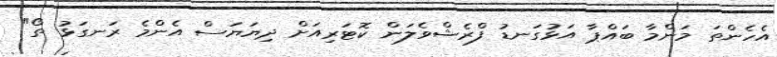
އެހެންތަ މަންމާ ބައްޕާ އަޅުގަނޑު ފްރެޝްވެލަން ކޮޓަރިއަށް ދިޔަޔަސް އެންމެ ރަނގަޅު ތޯ"